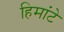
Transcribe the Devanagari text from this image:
हिमांटे